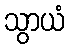
သွာယံ